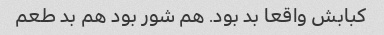
کبابش واقعا بد بود. هم شور بود هم بد طعم